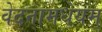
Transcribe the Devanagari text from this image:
वेदनामधेयम्